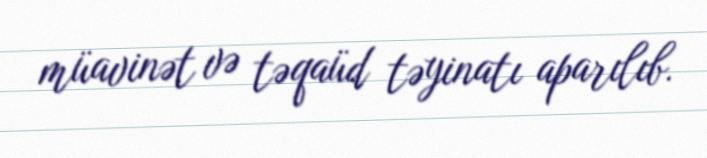
müavinət və təqaüd təyinatı aparılıb.